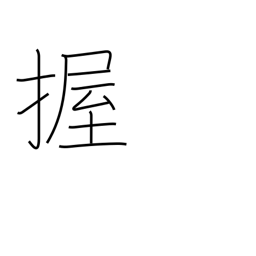
Meaning: grip